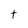
Character: t